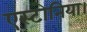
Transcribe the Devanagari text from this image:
एस्टोनिया।